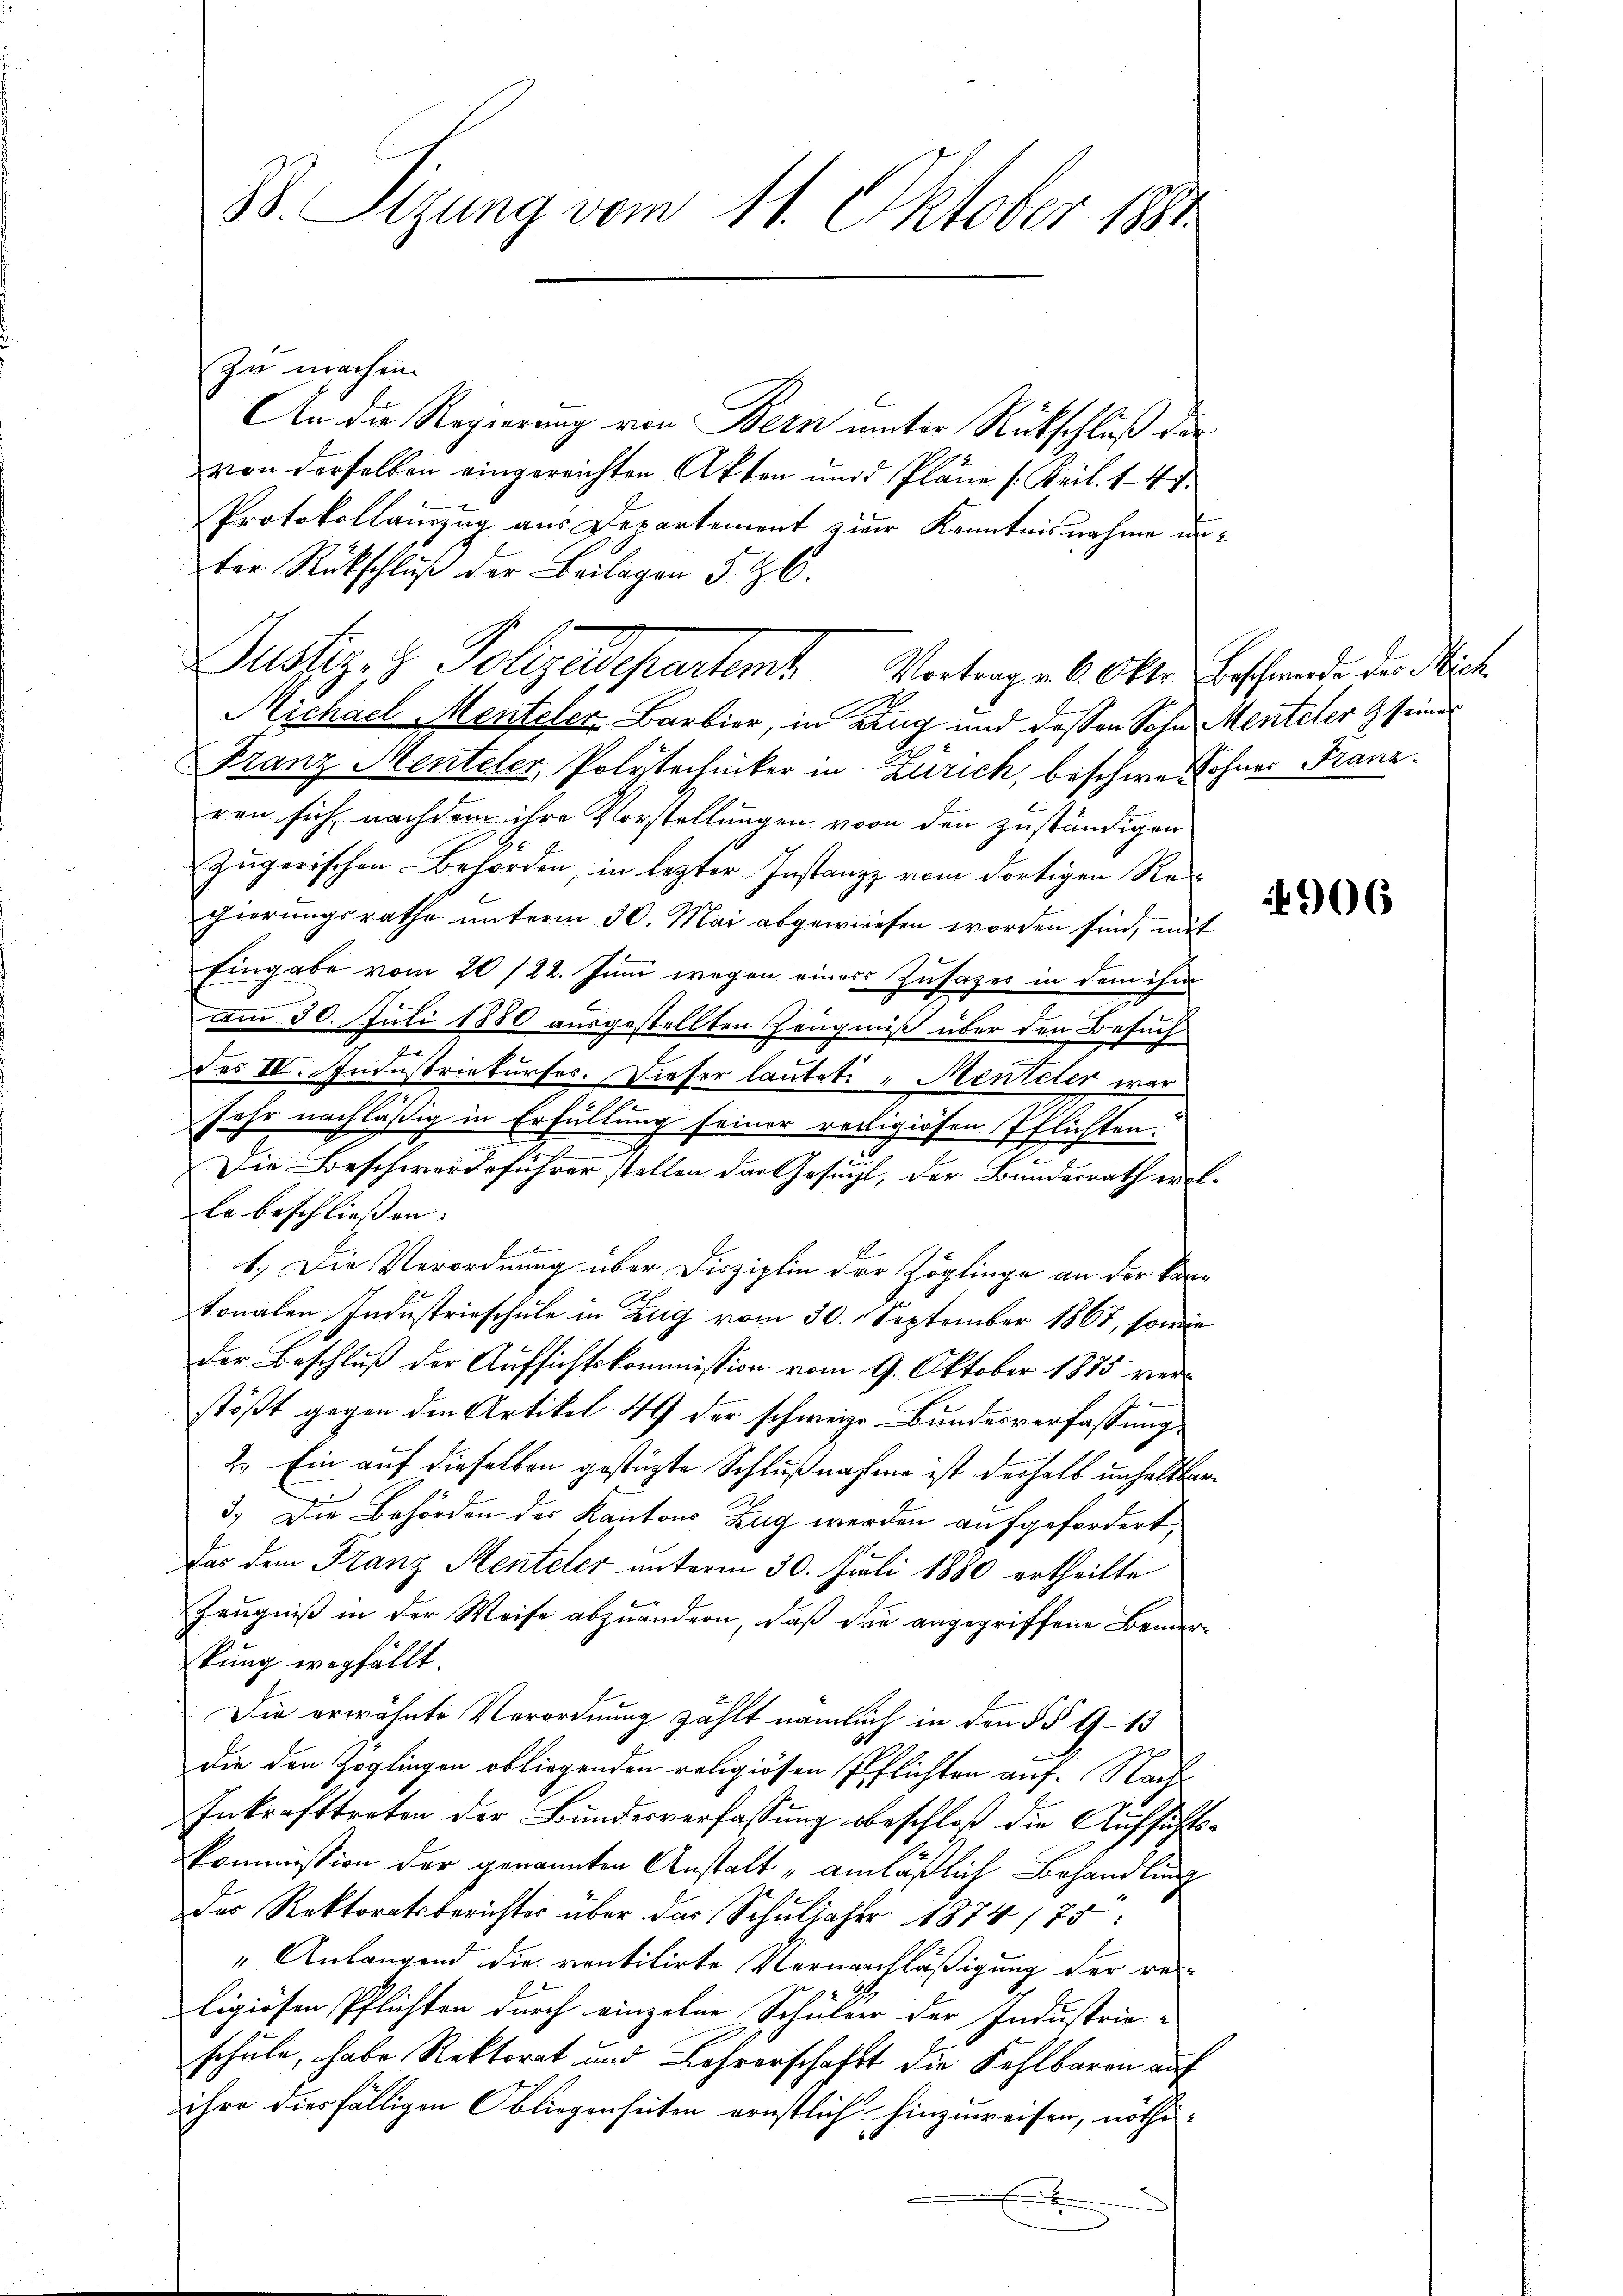
38. Sizung vom 11. Oktober 1884

zu machen.
An die Regierung von Bern unter Rückschluß der
von derselben eingereichten Akten und Pläne (Kril. 147.
Protokollauszug aus Departement zur Kenntnisnahme unter Rückschluß der Beilagen 5. Z.
Michael Menteler, Barbier, in Zug und dessen Sohn Menteler & seine
Franz Menteler, Polytechniker in Zürich, beschwer ohner Franz.
ren sich nachdem ihre Vorstellungen von den zuständigen
Zŭgerischen Behörden, in lezter Instanz vom dortigen Regierungsrathe unterm 30. Mai abgewiesen worden sind, mit
Eingabe vom 20/22. Juni wegen einer Zusatzes in dem ihm
am 30. Juli 1880 ausgestellten Zeugniß über den Besuch
des IV. Industriekurses. Dieser lautete und Menteler war
Jahr nachläßig in Erfüllung seiner religiösen Pflichten.
u
Die Beschwerdeführer stellen das Gesucht, der Bundesrath eral-
le beschließen.
1.) Die Verordnung über Disziplin der Zöglinge an der kontonalen Industrieschule in Zug vom 30. September 1867, sowie
der Beschluß der Aufsichtskommission vom 9. Oktober 1875 verstößt gegen den Artikel 49 der schweize Bundesverfassung
2.) Ein auf dieselben gestüzte Schlußnahme ist deshalb unhaltbard. Die Behörden der Kantons Zug werden aufgefordert,
Das dem Franz Menteler unterm 30. Juli 1880 ertheilte
Zeugniß in der Weise abzuändern, daß die angegriffene Banderkung wegfällt.
Die erwähnte Verordnung zählt nämlich in den §§ 9-13
die den Zöglingen obliegenden religiösen Pflichten auf. Nach
Inkrafttreten der Bundesverfassung beschloß die Aufsichtskommission der genannten Anstalt anläßlich Behandlung
des Rektoratsberichtes über das Schuljahre 1874/75:
"Anlangend die ventitirte Vernachläßigung der re-
ligiösen Pflichten durch einzelne Schüler der Industrie-
schule, habe Rektorat und Lehrerschafft die Fehlbaren auf
ihre vierfälligen Obliegenheiten ernstlich hinzuweisen, nöthix

Justiz- & Polizeidepartems. Vortragen 6. Okt. Beschwerde der Nich

4906